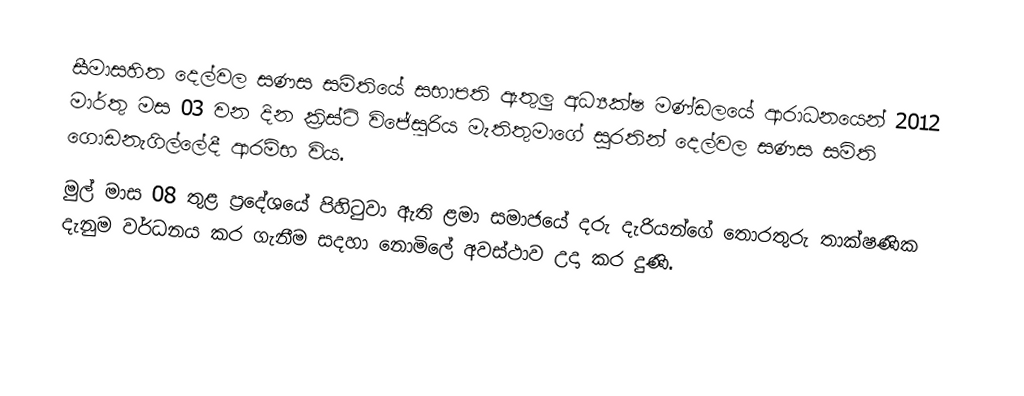
සීමාසහිත දෙල්වල සණස සමිතියේ සභාපති ඇතුලු අධ්‍යක්ෂ මණ්ඩලයේ ආරාධනයෙන් 2012 මාර්තු මස 03 වන දින ක්‍රිස්ටි විජේසූරිය මැතිතුමාගේ සුරතින් දෙල්වල සණස සමිති ගොඩනැගිල්ලේදී ආරම්භ විය.
මුල් මාස 08 තුළ ප්‍රදේශයේ පිහිටුවා ඇති ළමා සමාජයේ දරු දැරියන්ගේ තොරතුරු තාක්ෂණික දැනුම වර්ධනය කර ගැනීම සදහා නොමිලේ අවස්ථාව උදා කර දුණි.